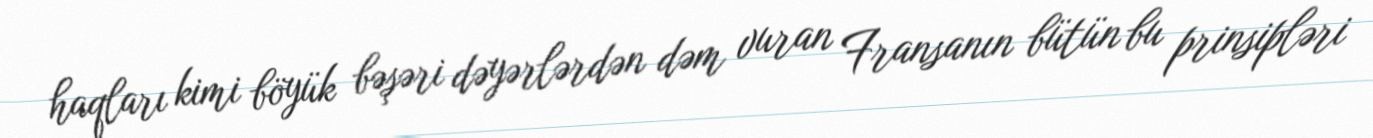
haqları kimi böyük bəşəri dəyərlərdən dəm vuran Fransanın bütün bu prinsipləri